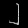
Digit: ၂